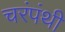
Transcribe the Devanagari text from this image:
चरंपंथी